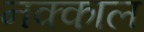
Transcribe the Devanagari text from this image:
नक्काल